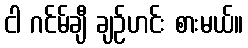
ငါ ဂင်မ်ချီ ချဉ်ဟင်း စားမယ်။